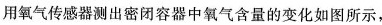
用氧气传感器测出密闭容器中氧气含量的变化如图所示，